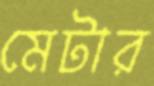
মেটার